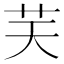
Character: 𦬞